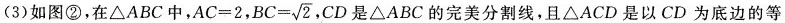
(3)如图②，在△ABC中，$$A C = 2$$， $$B C = \sqrt { 2 }$$ CD是△ABC的完美分割线，且△ACD是以CD为底边的等